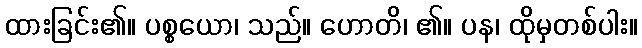
ထားခြင်း၏။ ပစ္စယော၊ သည်။ ဟောတိ၊ ၏။ ပန၊ ထိုမှတစ်ပါး။